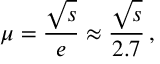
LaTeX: \mu = \frac { \sqrt s } { e } \approx \frac { \sqrt s } { 2 . 7 } \, ,